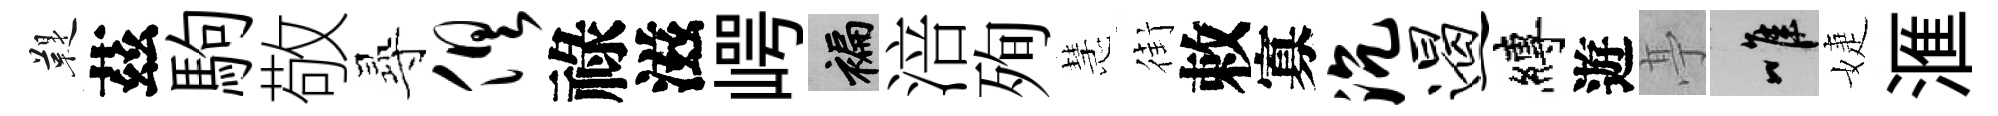
鞮茲駒敬𡬶俱祿滋崿褊涪殉慧街敕寡沉遏縛遊𠅘唯婕滙